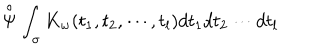
\stackrel { \circ } { \Psi } \int _ { \sigma } K _ { w } ( t _ { 1 } , t _ { 2 } , \cdots , t _ { l } ) d t _ { 1 } d t _ { 2 } \cdots d t _ { l }